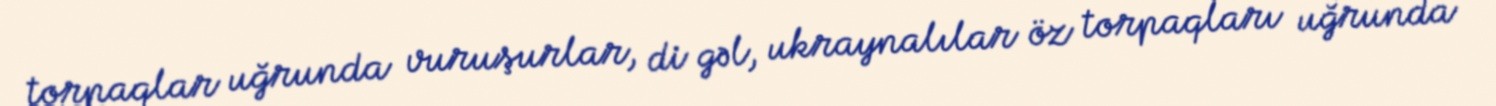
torpaqlar uğrunda vuruşurlar, di gəl, ukraynalılar öz torpaqları uğrunda